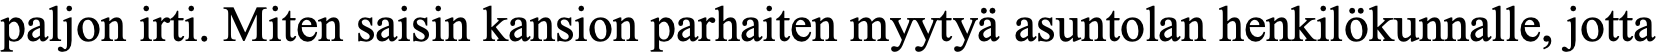
paljon irti. Miten saisin kansion parhaiten myytyä asuntolan henkilökunnalle, jotta